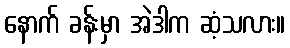
နောက် ခန်းမှာ အဲဒါက ဆံ့သလား။